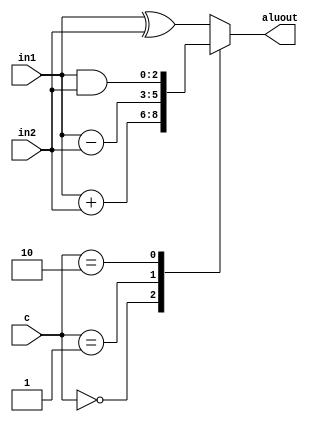
//`timescale 1ns / 1ps
//module ALU (in1, in2, c, aluout);
//input [2:0] in1, in2;
//input [1:0] c;
//output reg [2:0] aluout;
//always @ (in1, in2, c)
//begin
//case (c)
//2'b00: aluout = in1 + in2;
//2'b01: aluout = in1 - in2;
//2'b10: aluout = in1 & in2;
//default: aluout = in1 ^ in2; // 2'b11;
//endcase
//end
//endmodule //ALU
`timescale 1ns / 1ps
module ALU (in1, in2, c, aluout);
input [2:0] in1, in2;
input [1:0] c;
output reg [2:0] aluout;
always @ (in1, in2, c)
begin
case (c)
2'b00: aluout = in1 + in2;
2'b01: aluout = in1 - in2;
2'b10: aluout = in1 & in2;
default: aluout = in1 ^ in2; // 2'b11;
endcase
end
endmodule //ALU